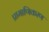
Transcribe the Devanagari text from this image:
प्रामाणिकरण